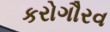
કરોગૌરવ